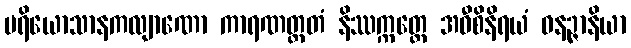
ပရိယောသာနကလျာဏော ကာရဏတ္ထတံ နိဿက္ကတ္ထေ အဝီစိနိရယံ ဓနဉ္ဇာနိယာ